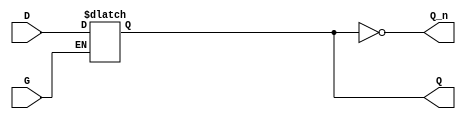
module GatedTransparentLatch (
    input wire D,         // Data input
    input wire G,         // Gate/Enable signal
    output reg Q,         // Output
    output wire Q_n       // Complement output
);

// Complement Output
assign Q_n = ~Q;

// Always block to implement the gated latch behavior
always @(*) begin
    if (G) begin
        Q = D;          // When G is high, output follows D
    end else begin
        Q = Q;          // When G is low, output holds its value
    end
end

endmodule